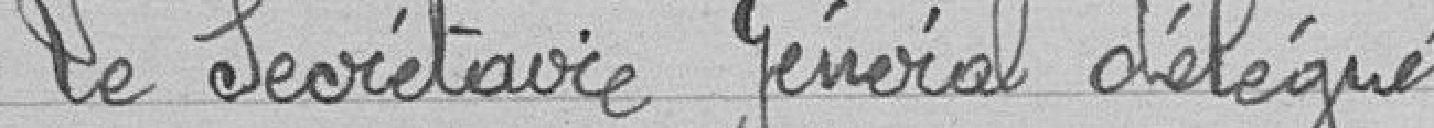
Le secrétaire général délégué